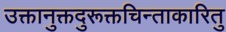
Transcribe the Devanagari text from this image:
उक्तानुक्तदुरूक्तचिन्ताकारितु